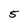
Character: 5